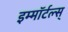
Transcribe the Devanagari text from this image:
इम्मॉर्टल्स्